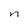
Character: n